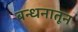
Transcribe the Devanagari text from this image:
बन्धनातून